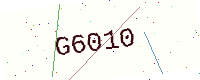
Text: G6010